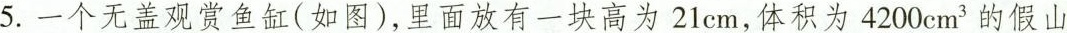
5.一个无盖观赏鱼缸(如图)，里面放有一块高为21cm，体积为 4200cm^{3}的假山